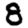
Digit: 8